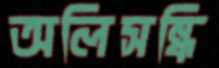
অলিসন্ধি